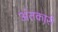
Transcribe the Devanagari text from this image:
अंतकारी